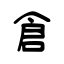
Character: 倉